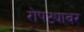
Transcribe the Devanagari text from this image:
रोपट्यावर